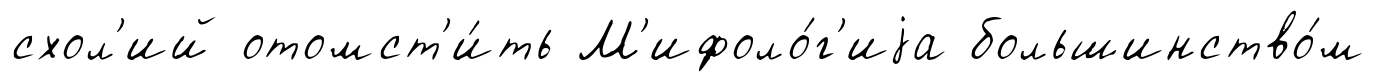
схол'ий отомст'и́ть М'ифоло́г'иjа большинство́м